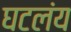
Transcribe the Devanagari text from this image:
घटलंय